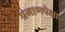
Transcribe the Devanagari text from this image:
प्रमाणपेक्षा